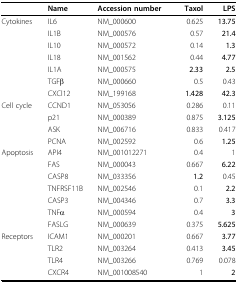
<table><thead><tr><td></td><td><b>Name</b></td><td><b>Accession number</b></td><td><b>Taxol</b></td><td><b>LPS</b></td></tr></thead><tbody><tr><td>Cytokines</td><td>IL6</td><td>NM_000600</td><td>0.625</td><td><b>13.75</b></td></tr><tr><td></td><td>IL1B</td><td>NM_000576</td><td>0.57</td><td><b>21.4</b></td></tr><tr><td></td><td>IL10</td><td>NM_000572</td><td>0.14</td><td><b>1.3</b></td></tr><tr><td></td><td>IL18</td><td>NM_001562</td><td>0.44</td><td><b>4.77</b></td></tr><tr><td></td><td>IL1A</td><td>NM_000575</td><td><b>2.33</b></td><td><b>2.5</b></td></tr><tr><td></td><td>TGFβ</td><td>NM_000660</td><td>0.5</td><td>0.43</td></tr><tr><td></td><td>CXCl12</td><td>NM_199168</td><td><b>1.428</b></td><td><b>42.3</b></td></tr><tr><td>Cell cycle</td><td>CCND1</td><td>NM_053056</td><td>0.286</td><td>0.11</td></tr><tr><td></td><td>p21</td><td>NM_000389</td><td>0.875</td><td><b>3.125</b></td></tr><tr><td></td><td>ASK</td><td>NM_006716</td><td>0.833</td><td>0.417</td></tr><tr><td></td><td>PCNA</td><td>NM_002592</td><td>0.6</td><td><b>1.25</b></td></tr><tr><td>Apoptosis</td><td>API4</td><td>NM_001012271</td><td>0.4</td><td>1</td></tr><tr><td></td><td>FAS</td><td>NM_000043</td><td>0.667</td><td><b>6.22</b></td></tr><tr><td></td><td>CASP8</td><td>NM_033356</td><td><b>1.2</b></td><td>0.45</td></tr><tr><td></td><td>TNFRSF11B</td><td>NM_002546</td><td>0.1</td><td><b>2.2</b></td></tr><tr><td></td><td>CASP3</td><td>NM_004346</td><td>0.7</td><td><b>3.3</b></td></tr><tr><td></td><td>TNFα</td><td>NM_000594</td><td>0.4</td><td><b>3</b></td></tr><tr><td></td><td>FASLG</td><td>NM_000639</td><td>0.375</td><td><b>5.625</b></td></tr><tr><td>Receptors</td><td>ICAM1</td><td>NM_000201</td><td>0.667</td><td><b>3.77</b></td></tr><tr><td></td><td>TLR2</td><td>NM_003264</td><td>0.413</td><td><b>3.45</b></td></tr><tr><td></td><td>TLR4</td><td>NM_003266</td><td>0.769</td><td>0.078</td></tr><tr><td></td><td>CXCR4</td><td>NM_001008540</td><td>1</td><td><b>2</b></td></tr></tbody></table>